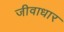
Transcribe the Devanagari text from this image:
जीवाधार